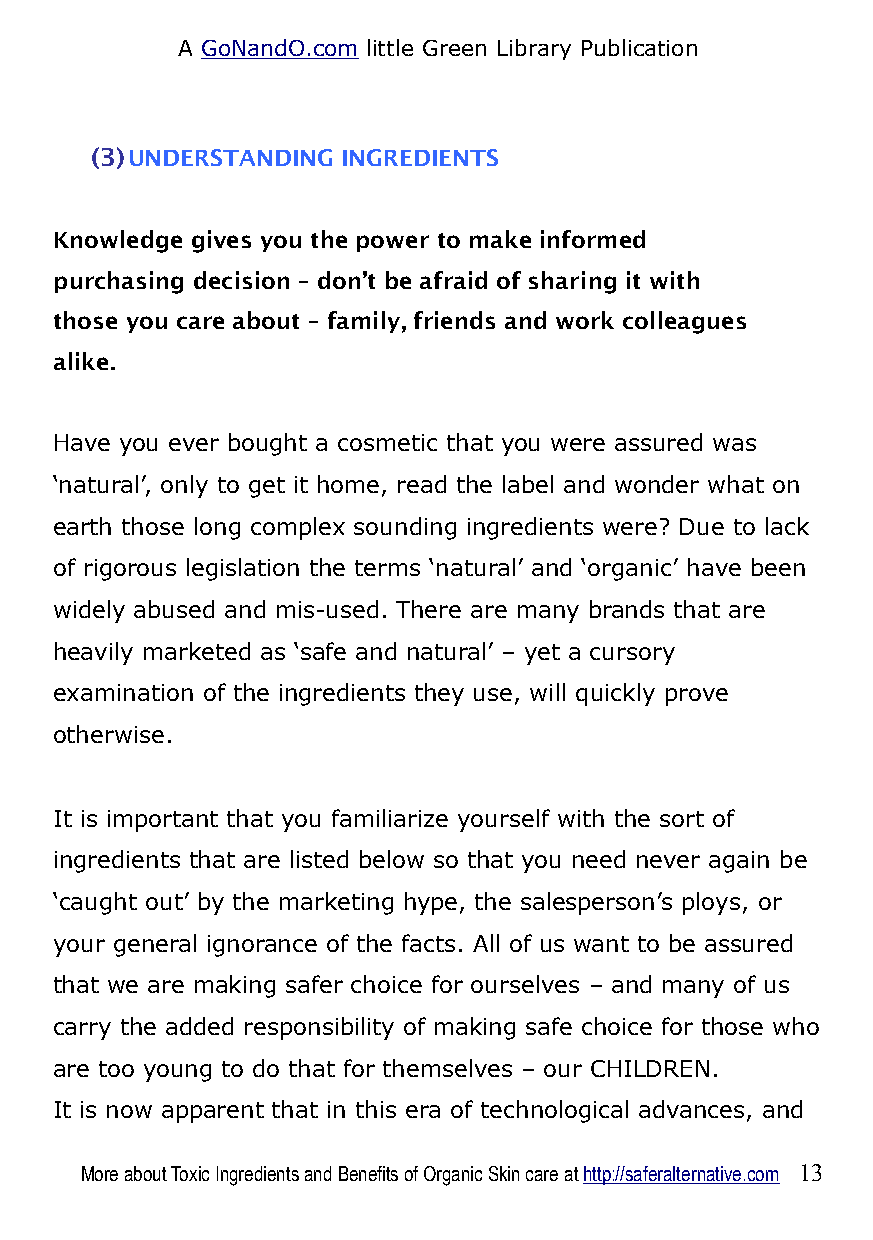
A GoNandO.com little Green Library Publication
 (3)UNDERSTANDING INGREDIENTS
 Knowledge gives you the power to make informed
 purchasing decision – don’t be afraid of sharing it with
 those you care about – family, friends and work colleagues
 alike.
 Have you ever bought a cosmetic that you were assured was
 ‘natural’, only to get it home, read the label and wonder what on
 earth those long complex sounding ingredients were? Due to lack
 of rigorous legislation the terms ‘natural’ and ‘organic’ have been
 widely abused and mis-used. There are many brands that are
 heavily marketed as ‘safe and natural’ – yet a cursory
 examination of the ingredients they use, will quickly prove
 otherwise.
 It is important that you familiarize yourself with the sort of
 ingredients that are listed below so that you need never again be
 ‘caught out’ by the marketing hype, the salesperson’s ploys, or
 your general ignorance of the facts. All of us want to be assured
 that we are making safer choice for ourselves – and many of us
 carry the added responsibility of making safe choice for those who
 are too young to do that for themselves – our CHILDREN.
 It is now apparent that in this era of technological advances, and
 More about Toxic Ingredients and Benefits of Organic Skin care at http://saferalternative.com 13